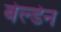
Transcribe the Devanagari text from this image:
बेल्डेन